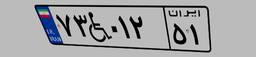
۷۳W۰۱۲۵۱